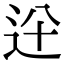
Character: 𨑷